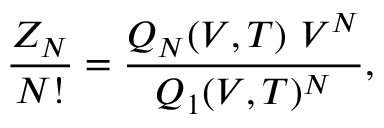
\frac { Z _ { N } } { N ! } = \frac { Q _ { N } ( V , T ) ~ V ^ { N } } { Q _ { 1 } ( V , T ) ^ { N } } ,